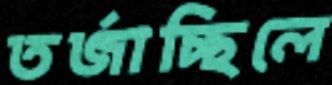
তর্জাচ্ছিলে